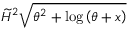
\widetilde { H } ^ { 2 } \sqrt { \theta ^ { 2 } + \log { \left( \theta + x \right) } }